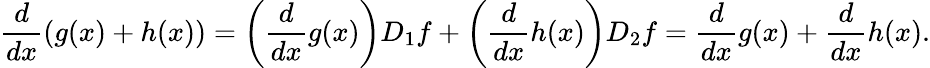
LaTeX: {\frac{d}{dx}}(g(x)+h(x))=\left({\frac{d}{dx}}g(x)\right)D_{1}f+\left({\frac{d}{dx}}h(x)\right)D_{2}f={\frac{d}{dx}}g(x)+{\frac{d}{dx}}h(x).